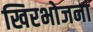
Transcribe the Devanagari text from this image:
खिरभोजना